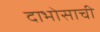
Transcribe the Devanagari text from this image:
दाभोसाची